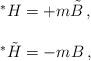
LaTeX: \begin{align*}\begin{array}{rcl}&& {}^{*}H = + m \tilde{B}\, ,\\ & & \\&& {}^{*}\tilde{H} = - m B\, ,\\\end{array}\end{align*}